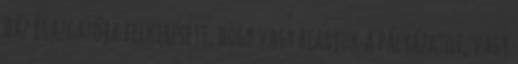
Ház Igazgatója felkeresett, hogy vagy beadjuk a pályázatot, vagy